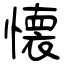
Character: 懐